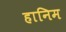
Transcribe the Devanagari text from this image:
हानिम